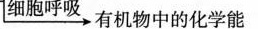
\xrightarrow{细胞呼吸} 有机物中的化学能